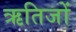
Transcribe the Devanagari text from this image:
ऋतिजों